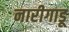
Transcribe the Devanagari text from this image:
नारीगाडू